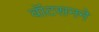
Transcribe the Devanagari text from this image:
वॉटसनने